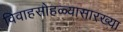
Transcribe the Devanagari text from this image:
विवाहसोहळ्यासारख्या